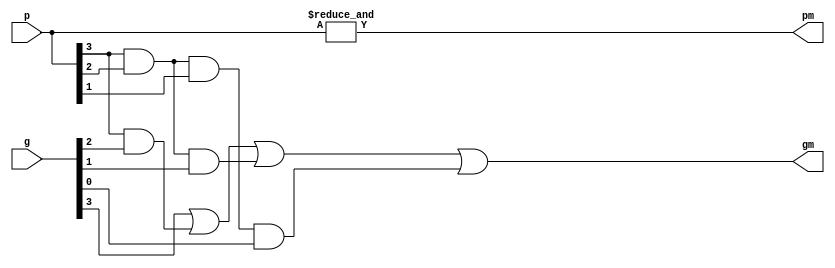
/* ACM Class System (I) Fall Assignment 1 
 *
 *
 * Implement your naive adder here
 * 
 * GUIDE:
 *   1. Create a RTL project in Vivado
 *   2. Put this file into `Sources'
 *   3. Put `test_adder.v' into `Simulation Sources'
 *   4. Run Behavioral Simulation
 *   5. Make sure to run at least 100 steps during the simulation (usually 100ns)
 *   6. You can see the results in `Tcl console'
 *
 */

module pgm(
	input   [3:0] g,
	input   [3:0] p,
	output        gm,
	output        pm
);

assign gm = g[3] | (p[3] & g[2]) | (p[3] & p[2] & g[1]) | (p[3] & p[2] & p[1] & g[0]);
assign pm = &p;

endmodule

module add4(
	input  [3:0] a,
	input  [3:0] b,
	input        c0,
	output [3:0] sum,
	output       gm,
	output       pm
);
wire [3:0] g = a & b;
wire [3:0] p = a ^ b;
wire [3:0] c;
assign c[0] = c0;
assign c[1] = g[0] | (p[0] & c0);
assign c[2] = g[1] | (p[1] & g[0]) | (p[1] & p[0] & c0);
assign c[3] = g[2] | (p[2] & g[1]) | (p[2] & p[1] & g[0]) | (p[2] & p[1] & p[0] & c0);
assign sum = p ^ c;
pgm add4pgm(g, p, gm, pm);

endmodule


module add16(
	input  [15:0] a,
	input  [15:0] b,
	input         c0,
	output [15:0] sum,
	output        carry
);

wire [3:0] g;
wire [3:0] p;
wire [3:0] c;
assign c[0] = c0;
add4 add4_1(a[3:0], b[3:0], c0, sum[3:0], g[0], p[0]);
assign c[1] = g[0] | (p[0] & c0);
add4 add4_2(a[7:4], b[7:4], c[1], sum[7:4], g[1], p[1]);
assign c[2] = g[1] | (p[1] & g[0]) | (p[1] & p[0] & c0);
add4 add4_3(a[11:8], b[11:8], c[2], sum[11:8], g[2], p[2]);
assign c[3] = g[2] | (p[2] & g[1]) | (p[2] & p[1] & g[0]) | (p[2] & p[1] & p[0] & c0);
add4 add4_4(a[15:12], b[15:12], c[3], sum[15:12], g[3], p[3]);
assign carry = g[3] | (p[3] & g[2]) | (p[3] & p[2] & g[1]) | (p[3] & p[2] & p[1] & g[0]) | (p[3] & p[2] & p[1] & p[0] & c0);

endmodule

module adder(
    input  [31:0]      a,
    input  [31:0]      b,
    output [31:0]      sum,
	output      	   carry
);
	wire c0;
	add16 add16_1(a[15:0], b[15:0], 1'b0, sum[15:0], c0);
	add16 add16_2(a[31:16], b[31:16], c0, sum[31:16], carry);
	
endmodule


module Add(
	input  [31:0]          a,
    input  [31:0]          b,
    output reg [31:0]      sum
);
	wire [31:0] res;
	wire carry;
	adder calc(a, b, res, carry);
	always @(*) begin 
		sum <= res;
	end		

endmodule